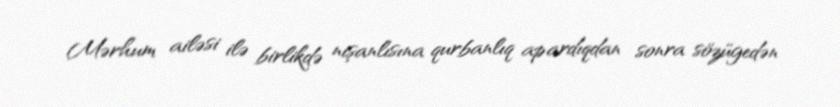
Mərhum ailəsi ilə birlikdə nişanlısına qurbanlıq apardıqdan sonra sözügedən